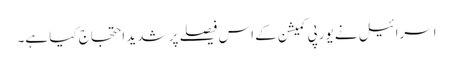
اسرائیل نے یورپی کمیشن کے اس فیصلے پر شدید احتجاج کیا ہے۔